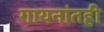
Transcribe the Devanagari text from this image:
गायनांतही